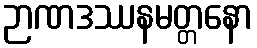
ဉာဏဒဿနမတ္တနော